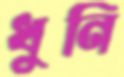
ধুনি